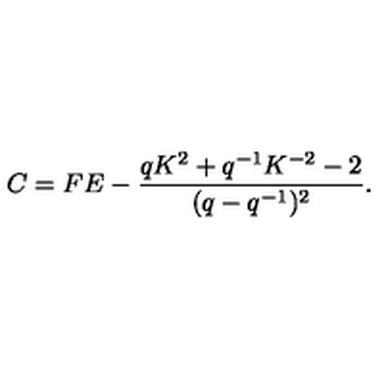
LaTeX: C = F E - \frac { q K ^ { 2 } + q ^ { - 1 } K ^ { - 2 } - 2 } { ( q - q ^ { - 1 } ) ^ { 2 } } . \nonumber